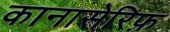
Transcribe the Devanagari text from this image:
कानासेरिफ़